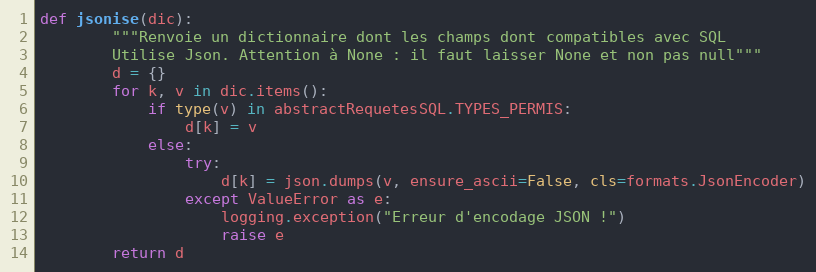
Language: Python
def jsonise(dic):
        """Renvoie un dictionnaire dont les champs dont compatibles avec SQL
        Utilise Json. Attention à None : il faut laisser None et non pas null"""
        d = {}
        for k, v in dic.items():
            if type(v) in abstractRequetesSQL.TYPES_PERMIS:
                d[k] = v
            else:
                try:
                    d[k] = json.dumps(v, ensure_ascii=False, cls=formats.JsonEncoder)
                except ValueError as e:
                    logging.exception("Erreur d'encodage JSON !")
                    raise e
        return d